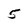
Character: 5